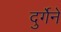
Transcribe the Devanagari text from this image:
दुर्गेने